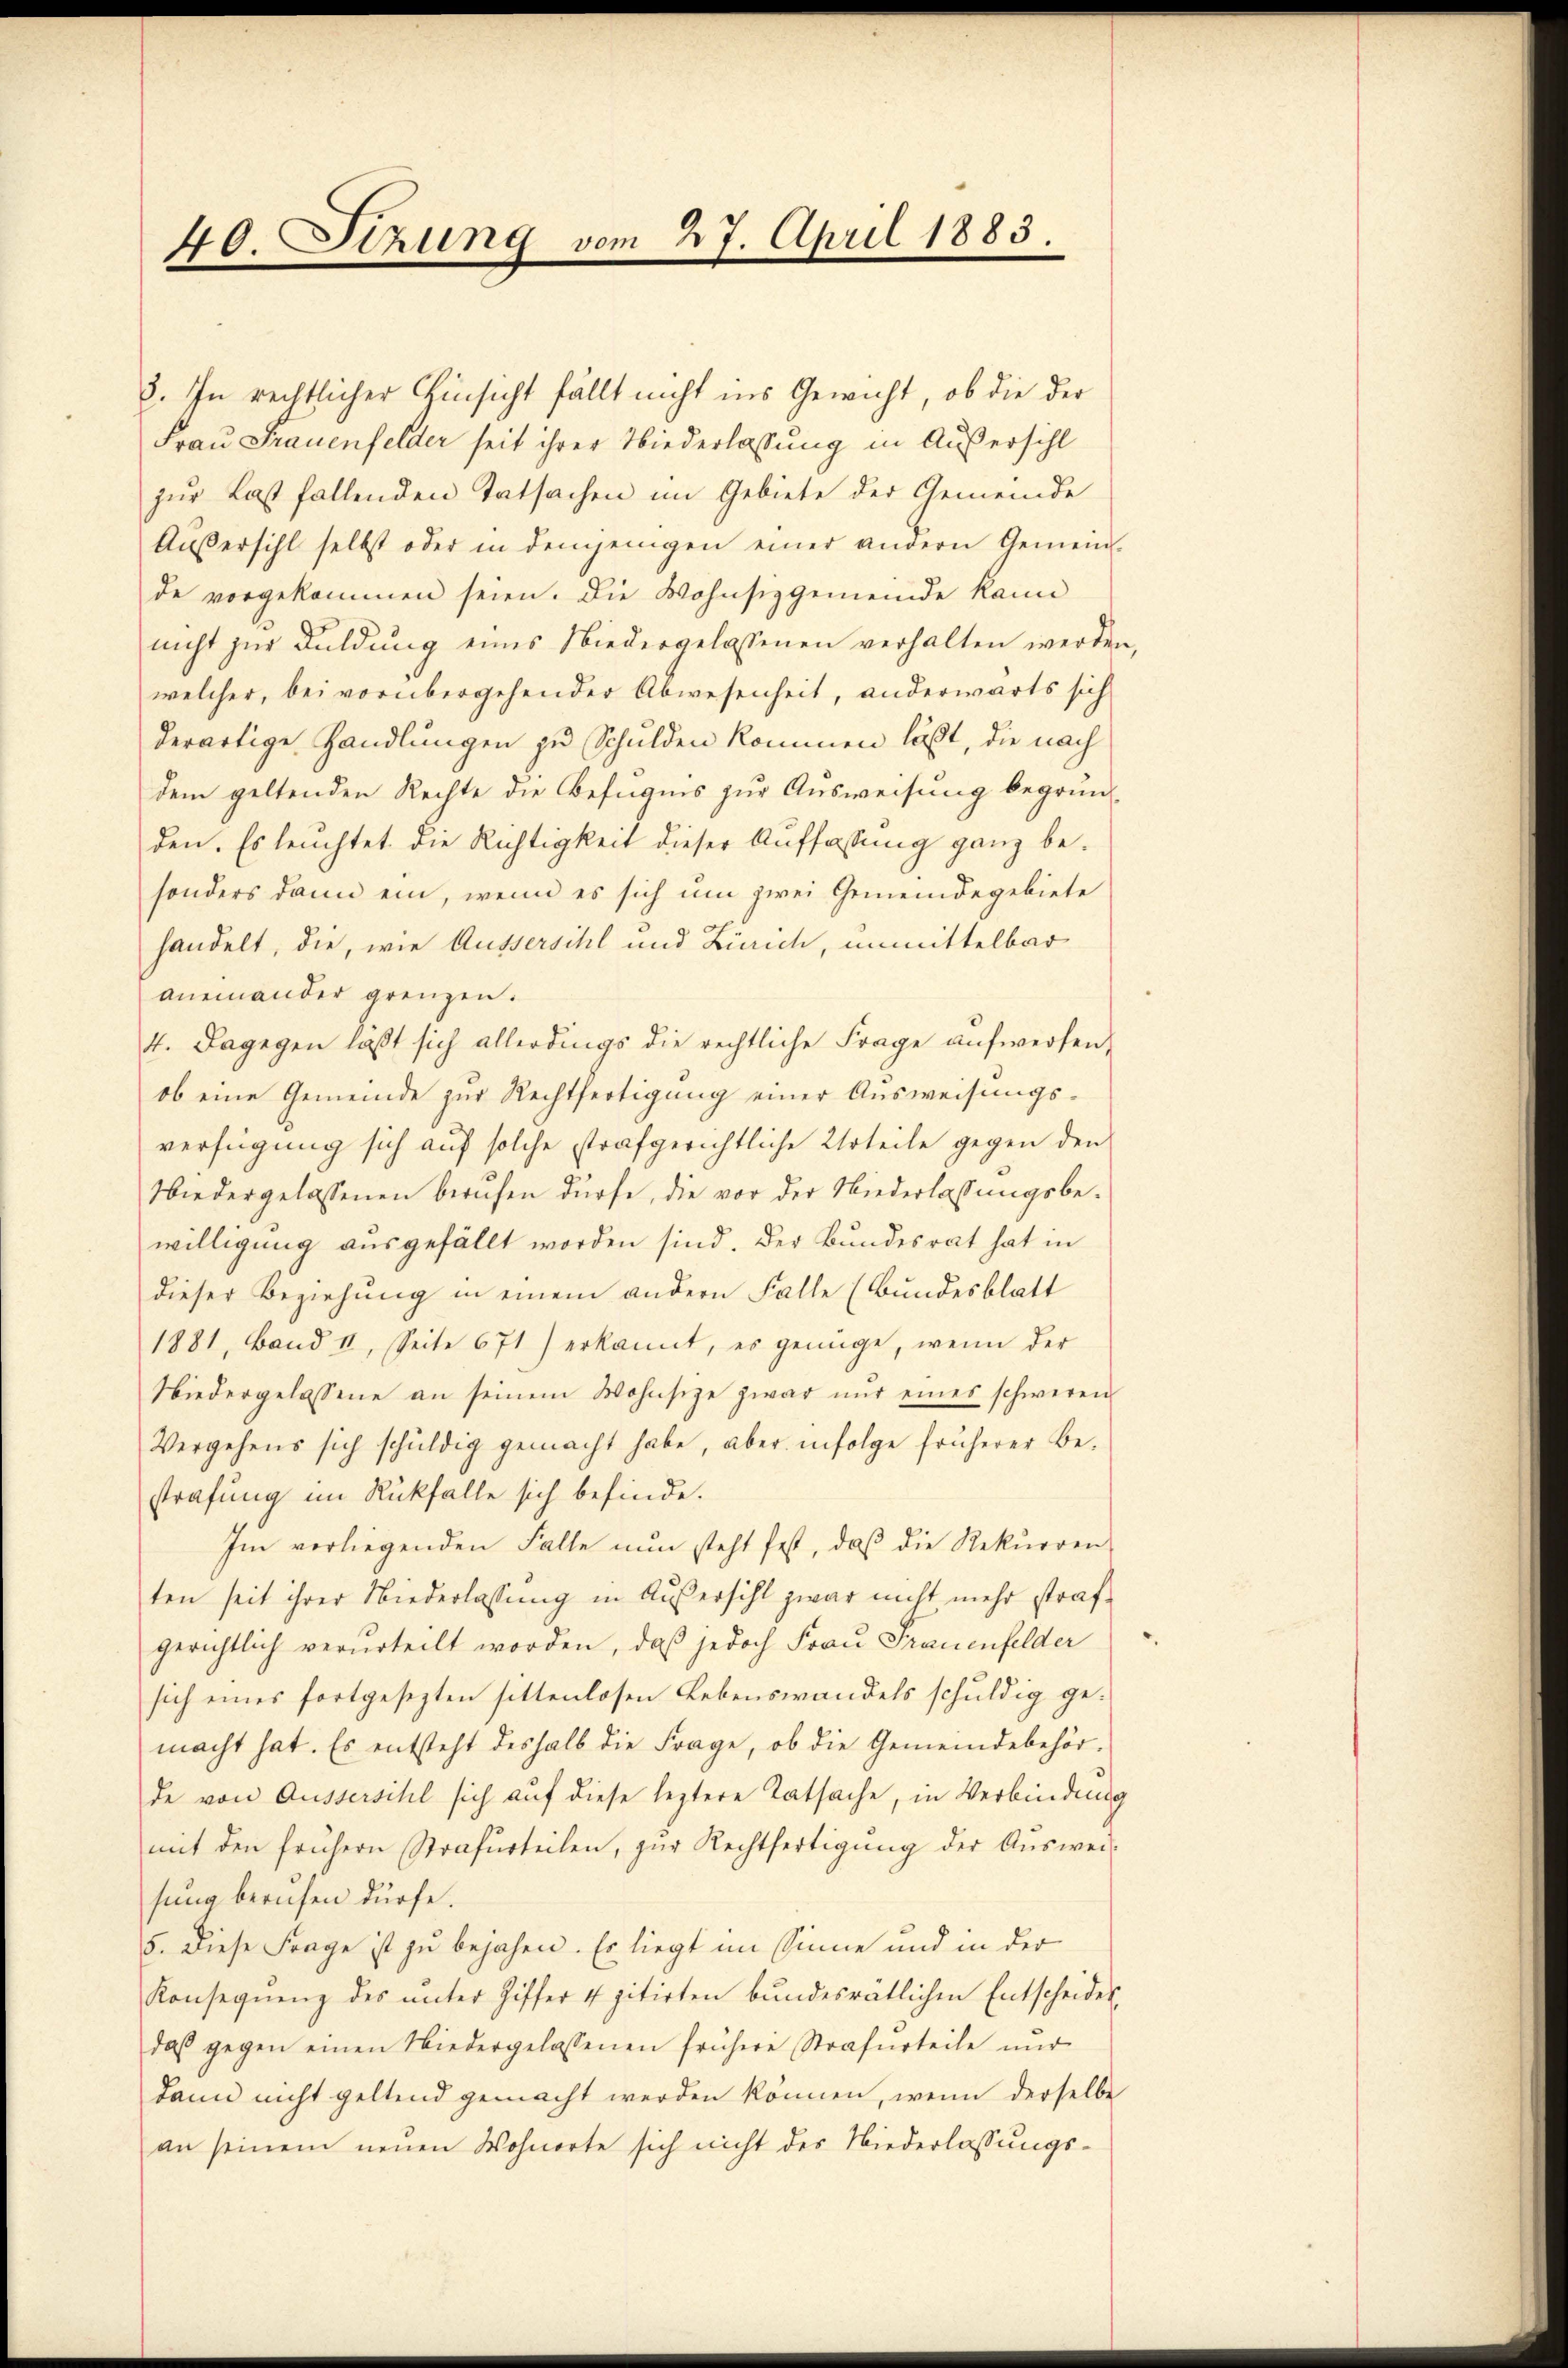
40. Sizung vom 27. April 1883.

Frau Frauenfelder seit ihrer Niederlassung in Außersihl
zur Last fallenden Tatsachen im Gebiete der Gemeinde
Außersihl selbst oder in demjenigen einer andern Gemein-
de vorgekommen seien. Die Wohnsizgemeinde kann
nicht zur Duldung eines Niedergelassenen verhalten werden
welcher, bei vorübergehender Abwesenheit, anderwärts sich
derartige Handlungen zu Schulden kommen läßt, die nach
dem geltenden Rechte die Befugnis zur Ausweisung begründen. Es leuchtet die Richtigkeit dieser Auffassung ganz besonders dann ein, wenn es sich um zwei Gemeindegebiete
handelt, die, wie Aussersihl und Zürich, unmittelbar
aneinander grenzen.
4. Dagegen laßt sich allerdings die rechtliche Frage aufwerfen,
ob eine Gemeinde zur Rechtfertigung einer Ausweisungsverfügung sich auf solche strafgerichtliche Urteile gegen den
Wiedergelassenen berufen dürfe, die vor der Niederlassungsbewilligung ausgefällt worden sind. Der Bundesrat hat in
dieser Beziehung in einem andern Falle (Bundesblatt
1881, Band II, Seite 671) erkannt, es genüge, wenn der
Niedergelassene an seinem Wohnsitze zwar nŭr eines schweren
Vergehens sich schŭldig gemacht habe, aber infolge früherer Be-
strafung im Rückfalle sich befinde.
Im vorliegenden Falle nŭn steht fest, daβ die Rekurren
ten seit ihrer Niederlassung in Außersihl zwar nicht mehr strafgerichtlich verurteilt worden, daß jedoch Frau Frauenfelder
sich eines fortgesezten sittenlosen Lebenswandels schuldig gemacht hat. Es entsteht deshalb die Frage, ob die Gemeindebehör-
de von Aussersihl sich auf diese leztere Tatsache, in Verbindung
mit den frühern Strafurteilen, zŭr Rechtfertigŭng der Aŭswei-
sung berufen dürfe.
5. Diese Frage ist zu bejahen. Es liegt im Sinne und in der
Konsequenz des ŭnter Ziffer 4 zitirten bundesrätlichen Entscheides
daß gegen einen Niedergelassenen frühere Strafurteile nŭr
dann nicht geltend gemacht werden können, wenn derselbe
an seinem neuen Wohnorte sich nicht des Niederlassungs¬

8. In rechtlicher Hinsicht fällt nicht ins Gewicht, ob die der

7